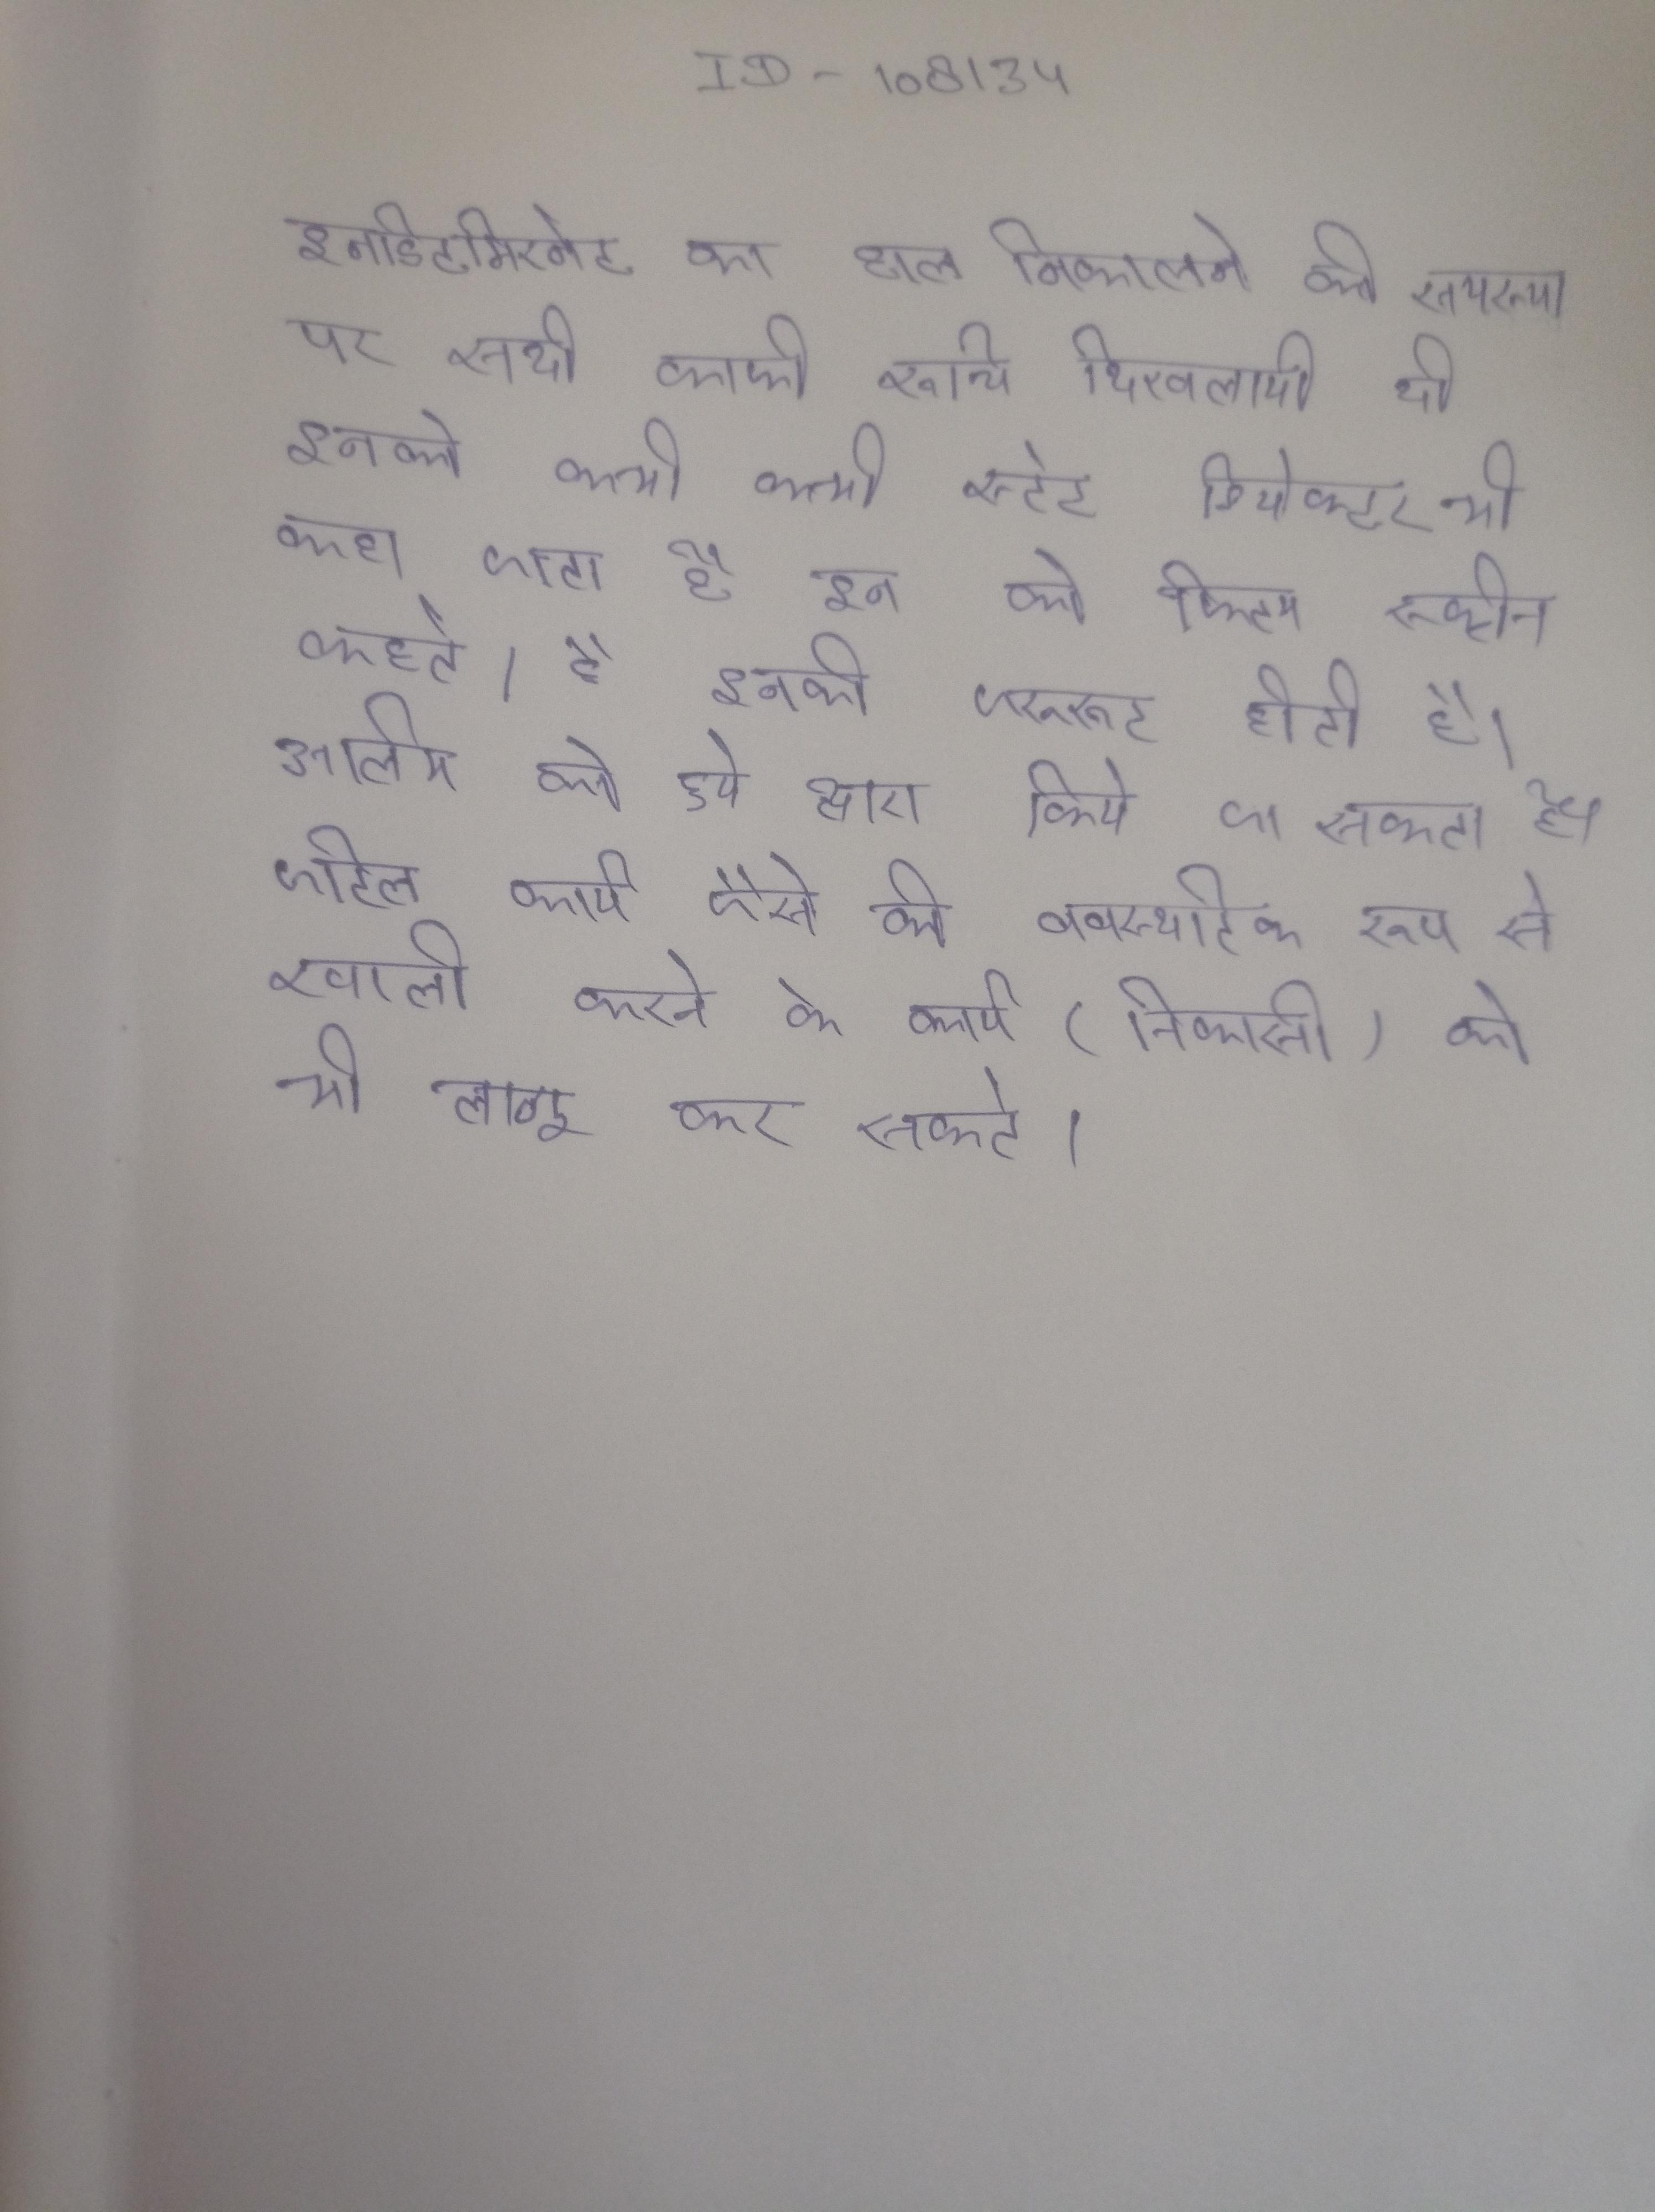
इनडिटर्मिनेट का हल निकालने की समस्या पर भी सदी काफी रुचि दिखलाई दी । इन को कभी-कभी "सॉलिड स्टेट डिटेक्टर" भी कहा जाता है । इन को फिल्मस्क्रीन या कहते । इन की जरूरत होती है, अलार्म को हुए द्वारा किया जा सकता है और वे जटिल कार्य जैसे कि व्यवस्थित रूप से खाली करने के कार्य (निकासी) को भी लागू कर सकते ।